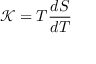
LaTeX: { \mathcal { K } } = T { \frac { d S } { d T } }